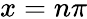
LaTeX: x=n\pi